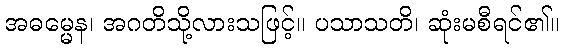
အဓမ္မေန၊ အဂတိသို့လားသဖြင့်။ ပသာသတိ၊ ဆုံးမစီရင်၏။